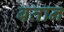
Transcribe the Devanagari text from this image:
बतान